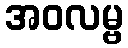
အဝလမ္ဗ